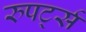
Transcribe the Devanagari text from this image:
रुपर्ट्स